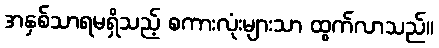
အနှစ်သာရမရှိသည့် စကားလုံးများသာ ထွက်လာသည်။